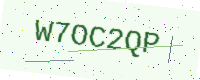
Text: W7OC2QP